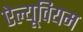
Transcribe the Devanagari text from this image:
ऐल्यूवियम